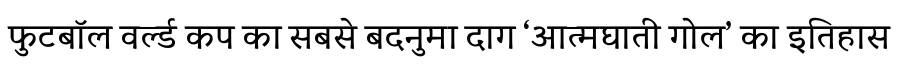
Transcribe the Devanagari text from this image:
फुटबॉल वर्ल्ड कप का सबसे बदनुमा दाग ‘आत्मघाती गोल’ का इतिहास